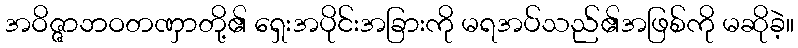
အဝိဇ္ဇာဘဝတဏှာတို့၏ ရှေးအပိုင်းအခြားကို မရအပ်သည်၏အဖြစ်ကို မဆိုခဲ့။